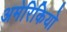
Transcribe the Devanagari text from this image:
अमेरिकियो